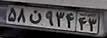
۵۸ن۹۳۴۴۳